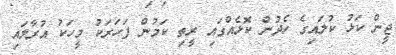
ޖީން ކަޅު ކުލައިގެ ހެދުން ކޮޅެއްގައި ރީތި ކަމުން ފަހަރަކު މީހަކު އުރާލައި